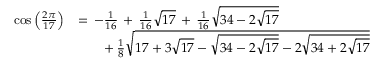
{ \begin{array} { r l } { \cos { \left( { \frac { 2 \pi } { 1 7 } } \right) } } & { = \, - { \frac { 1 } { 1 6 } } \, + \, { \frac { 1 } { 1 6 } } { \sqrt { 1 7 } } \, + \, { \frac { 1 } { 1 6 } } { \sqrt { 3 4 - 2 { \sqrt { 1 7 } } } } } \\ & { \qquad + \, { \frac { 1 } { 8 } } { \sqrt { 1 7 + 3 { \sqrt { 1 7 } } - { \sqrt { 3 4 - 2 { \sqrt { 1 7 } } } } - 2 { \sqrt { 3 4 + 2 { \sqrt { 1 7 } } } } } } } \end{array} }